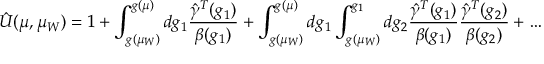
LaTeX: \hat { U } ( \mu , \mu _ { W } ) = 1 + \int _ { g ( \mu _ { W } ) } ^ { g ( \mu ) } d g _ { 1 } { \frac { \hat { \gamma } ^ { T } ( g _ { 1 } ) } { \beta ( g _ { 1 } ) } } + \int _ { g ( \mu _ { W } ) } ^ { g ( \mu ) } d g _ { 1 } \int _ { g ( \mu _ { W } ) } ^ { g _ { 1 } } d g _ { 2 } { \frac { \hat { \gamma } ^ { T } ( g _ { 1 } ) } { \beta ( g _ { 1 } ) } } { \frac { \hat { \gamma } ^ { T } ( g _ { 2 } ) } { \beta ( g _ { 2 } ) } } + \ldots